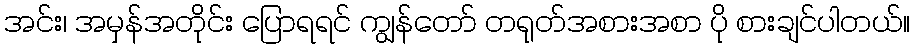
အင်း၊ အမှန်အတိုင်း ပြောရရင် ကျွန်တော် တရုတ်အစားအစာ ပို စားချင်ပါတယ်။